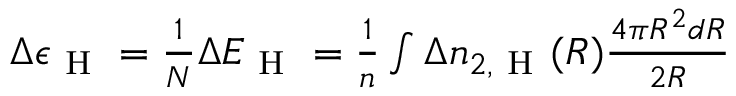
\begin{array} { r } { \Delta \epsilon _ { \mathrm { ~ H ~ } } = \frac { 1 } { N } \Delta E _ { \mathrm { ~ H ~ } } = \frac { 1 } { n } \int \Delta n _ { 2 , \mathrm { ~ H ~ } } ( R ) \frac { 4 \pi R ^ { 2 } d R } { 2 R } } \end{array}